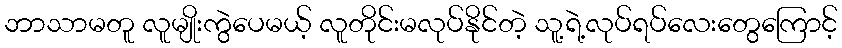
ဘာသာမတူ လူမျိုးကွဲပေမယ့် လူတိုင်းမလုပ်နိုင်တဲ့ သူ့ရဲ့လုပ်ရပ်လေးတွေကြောင့်